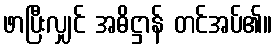
ဖာပြီးလျှင် အဓိဋ္ဌာန် တင်အပ်၏။